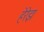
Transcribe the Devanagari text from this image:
हेरेझ